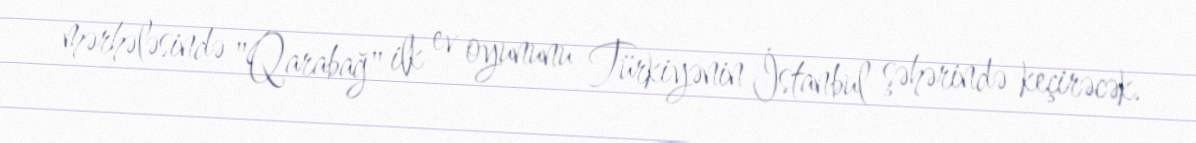
mərhələsində "Qarabağ" ilk ev oyununu Türkiyənin İstanbul şəhərində keçirəcək.